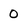
Character: 0